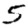
Digit: 5